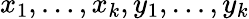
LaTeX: x_{1},\dots,x_{k},y_{1},\dots,y_{k}